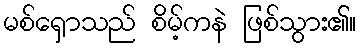
မစ်ရှောသည် စိမ့်ကနဲ ဖြစ်သွား၏။